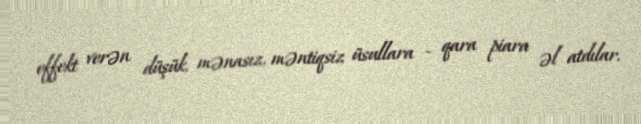
effekt verən düşük, mənasız, məntiqsiz üsullara - qara piara əl atdılar.